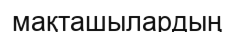
мақташылардың